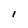
Character: I